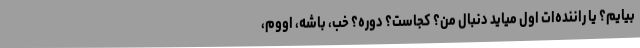
بیایم؟ یا راننده‌ات اول میاید دنبال من؟ کجاست؟ دوره؟ خب، باشه، اووم،